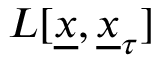
L [ \underline { { x } } , \underline { { x } } _ { \tau } ]